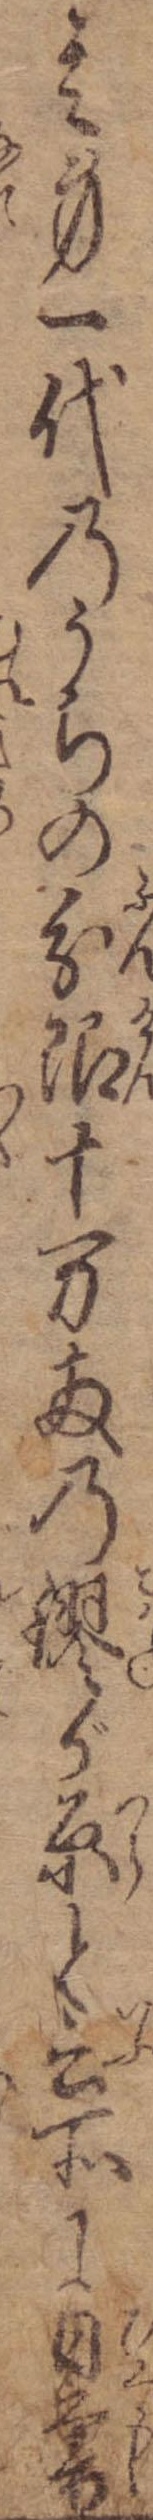
其身一代のうちの分限十万両の鏐が原と云所に日暮